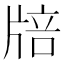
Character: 𤗏